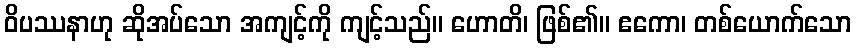
ဝိပဿနာဟု ဆိုအပ်သော အကျင့်ကို ကျင့်သည်။ ဟောတိ၊ ဖြစ်၏။ ဧကော၊ တစ်ယောက်သော